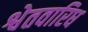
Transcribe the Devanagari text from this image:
श्वेतवारिध